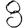
Digit: 8